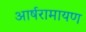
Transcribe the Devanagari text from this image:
आर्षरामायण